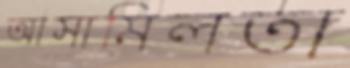
আসামিলতা